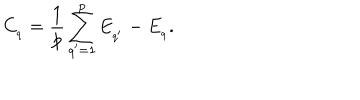
C _ { _ { q } } = \frac { 1 } { p } \sum _ { q ^ { \prime } = 1 } ^ { p } E _ { _ { q ^ { \prime } } } - E _ { _ { q } } .